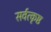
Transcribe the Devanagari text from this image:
सर्वत्कृष्ठ